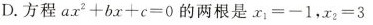
D.方程 $$a x ^ { 2 } + b x + c = 0$$ 的两根是 $$x _ { 1 } = - 1$$ , $$x _ { 2 } = 3$$